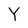
Character: Y